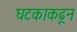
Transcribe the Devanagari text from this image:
घटकाकढून